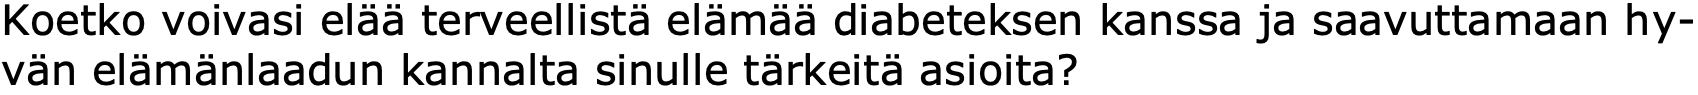
Koetko voivasi elää terveellistä elämää diabeteksen kanssa ja saavuttamaan hy- vän elämänlaadun kannalta sinulle tärkeitä asioita?